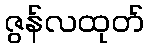
ဇွန်လထုတ်